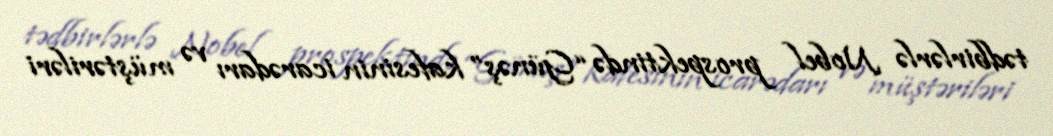
tədbirlərlə Nobel prospektində “Günəş” kafesinin icarədarı və müştəriləri